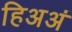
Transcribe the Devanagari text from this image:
हिअअं